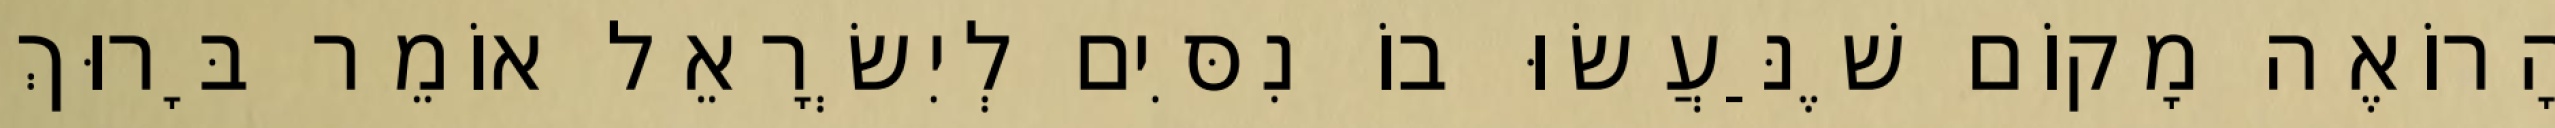
הָרוֹאֶה מָקוֹם שֶׁנַּעֲשׂוּ בוֹ נִסִּים לְיִשְׂרָאֵל אוֹמֵר בָּרוּךְ